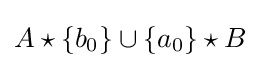
{A\star \{b_{0}\}\cup \{a_{0}\}\star B}